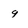
Character: 9